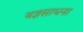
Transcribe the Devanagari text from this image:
यज्ञसाधना